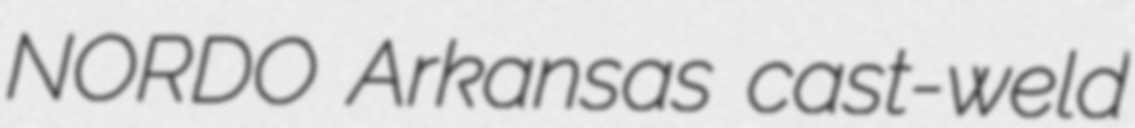
NORDO Arkansas cast-weld